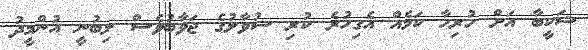
ޝަކީބާ އަށް ހުރިހާ ކަމެއް އެގިހުރެ ކުރި ސުވާލުގެ ޖަވާބުވެސް ލިބުނީ އުންމީދު